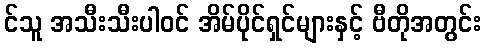
င်သူ အသီးသီးပါဝင် အိမ်ပိုင်ရှင်များနှင့် ဗီတိုအတွင်း